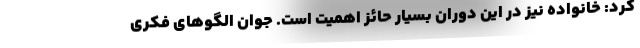
کرد: خانواده نیز در این دوران بسیار حائز اهمیت است. جوان الگوهای فکری